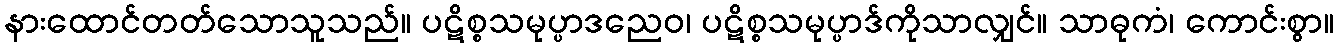
နားထောင်တတ်သောသူသည်။ ပဋိစ္စသမုပ္ပာဒညေဝ၊ ပဋိစ္စသမုပ္ပာဒ်ကိုသာလျှင်။ သာဓုကံ၊ ကောင်းစွာ။